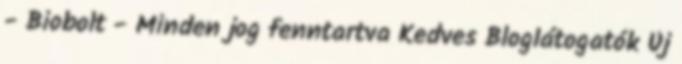
- Biobolt - Minden jog fenntartva Kedves Bloglátogatók Új